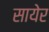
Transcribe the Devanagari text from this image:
सायेर